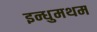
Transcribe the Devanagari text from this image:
इन्धुमथम